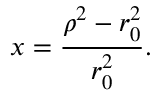
x = { \frac { { \rho } ^ { 2 } - r _ { 0 } ^ { 2 } } { r _ { 0 } ^ { 2 } } } .